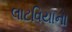
લાટવિયાના